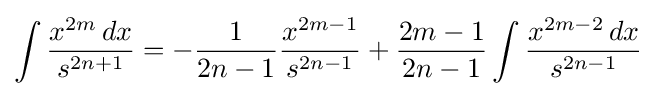
\int {\frac {x^{2m}\,dx}{s^{2n+1}}}=-{\frac {1}{2n-1}}{\frac {x^{2m-1}}{s^{2n-1}}}+{\frac {2m-1}{2n-1}}\int {\frac {x^{2m-2}\,dx}{s^{2n-1}}}